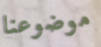
موضوعنا